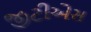
જીટીએસ